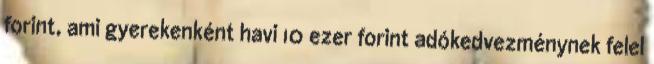
forint, ami gyerekenként havi 10 ezer forint adókedvezménynek felel